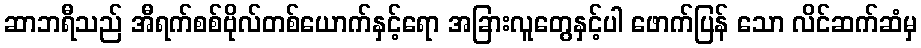
ဆာဘရီသည် အီရက်စစ်ဗိုလ်တစ်ယောက်နှင့်ရော အခြားလူတွေနှင့်ပါ ဖောက်ပြန် သော လိင်ဆက်ဆံမှ